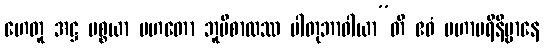
ဟေတူ အဋ္ဌ ပစ္စယာ မဟတော ဘူမိစာလဿ ပါတုဘာဝါယာ”တိ ဧဝံ မဟာပရိနိဗ္ဗာနေ